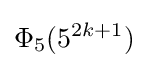
\Phi _{5}(5^{2k+1})